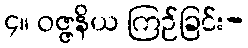
၄။ ဝဇ္ဇနိယ ကြဉ်ခြင်း-